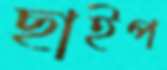
ছাইপ